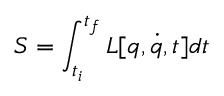
S = \int _ { t _ { i } } ^ { t _ { f } } L [ q , \dot { q } , t ] d t